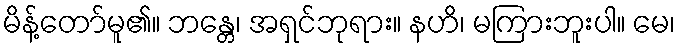
မိန့်တော်မူ၏။ ဘန္တေ၊ အရှင်ဘုရား။ နဟိ၊ မကြားဘူးပါ။ မေ၊